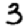
Digit: 3